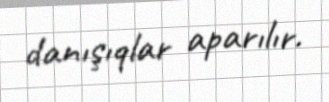
danışıqlar aparılır.